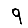
Digit: 9